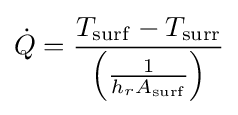
{\dot {Q}}={\frac {T_{\rm {surf}}-T_{\rm {surr}}}{\left({\frac {1}{h_{r}A_{\rm {surf}}}}\right)}}